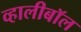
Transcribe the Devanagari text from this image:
व्हालीबॉल